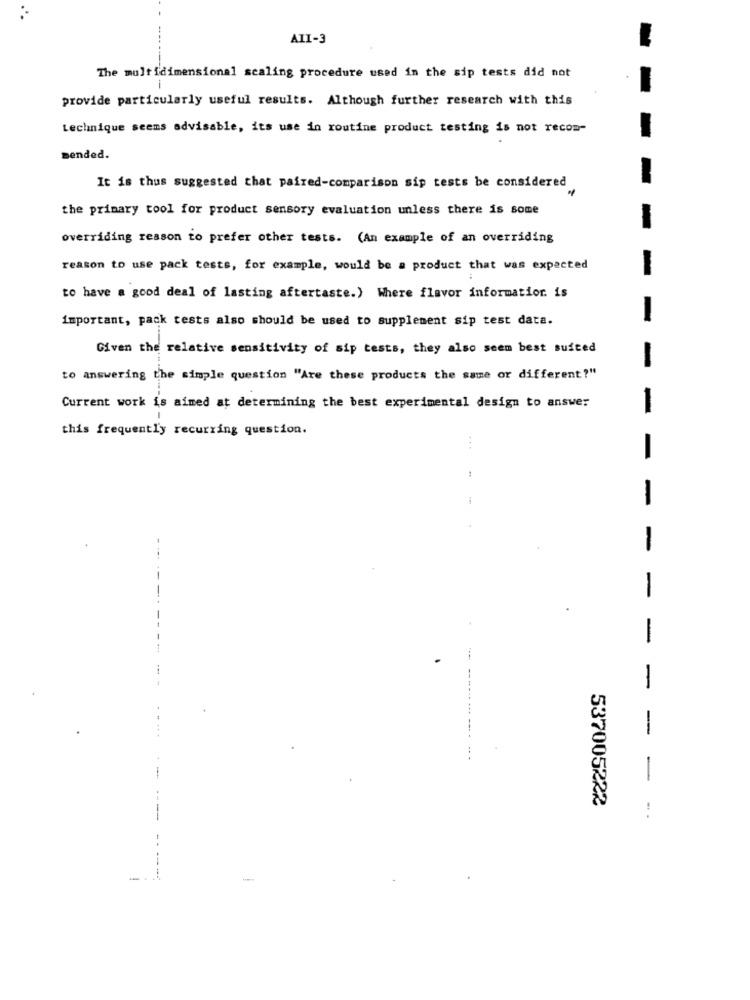
AII-3
The multidimensional scaling procedure used in the sip tests did not
1
provide particularly useful results. Although further research with this
Lechnique seems advisable, its use in routine product testing is not recom-
mended.
It is thus suggested that paired-comparison sip tests be considered
the primary tool for product sensory evaluation unless there is some
overriding reason to prefer other tests. (An example of an overriding
reason to use pack tests, for example, would be a product that was expected
-
to have a good deal of lasting aftertaste.) Where flavor information. is
important, pack tests also should be used to supplement sip test data.
-
Given the relative sensitivity of sip tests, they also seem best suited
to answering the simple question "Are these products the same or different?"
Current work is aimed at determining the best experimental design to answer
-
this frequently recurring question.
-
-
-
-
.
-
-
-
537005222
---